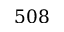
5 0 8